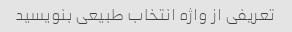
تعریفی از واژه انتخاب طبیعی بنویسید